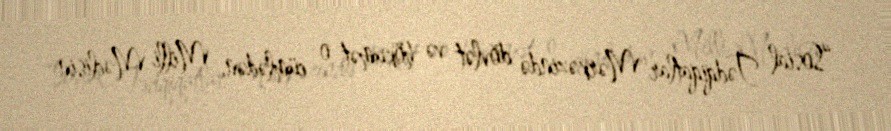
“Sosial Tədqiqatlar Mərkəzində dövlət və hökumət, o cümlədən, Milli Məclisin